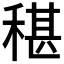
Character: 𮵤